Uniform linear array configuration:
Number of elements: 8
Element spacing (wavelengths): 0.25
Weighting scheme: kaiser
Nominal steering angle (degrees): -30
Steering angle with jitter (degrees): -31.502
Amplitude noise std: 0.05
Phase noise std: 0.05

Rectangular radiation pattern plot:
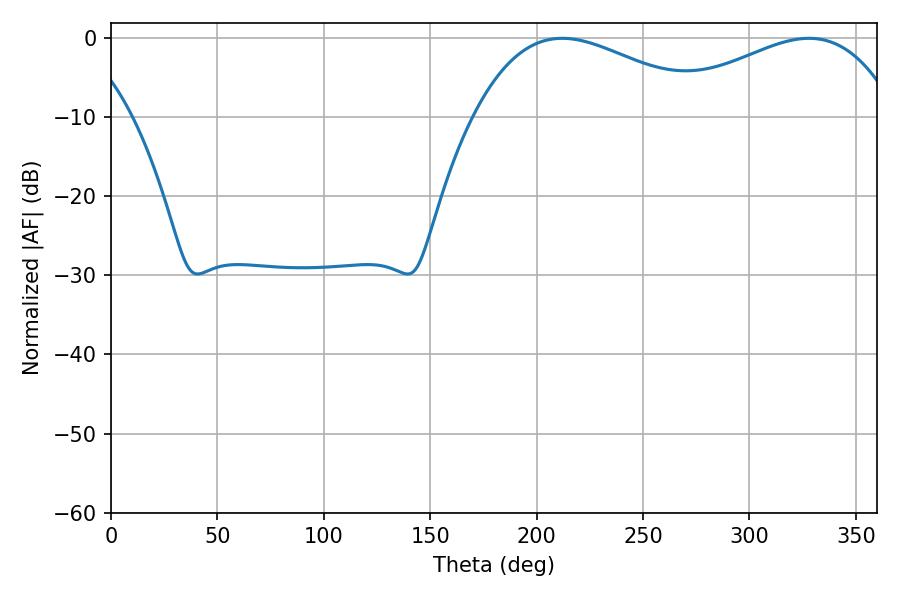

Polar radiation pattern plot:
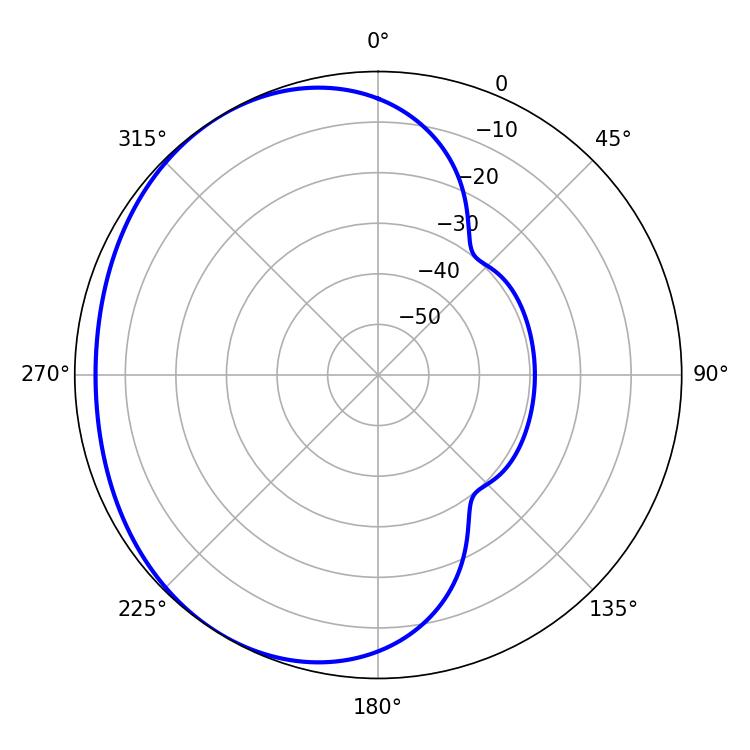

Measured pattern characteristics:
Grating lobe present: FALSE
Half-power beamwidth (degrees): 61.38
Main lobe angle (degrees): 212.04